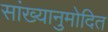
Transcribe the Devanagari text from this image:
सांख्यानुमोदित